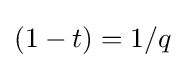
(1-t)=1/q